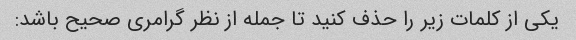
یکی از کلمات زیر را حذف کنید تا جمله از نظر گرامری صحیح باشد: